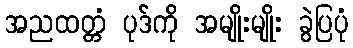
အညထတ္တံ ပုဒ်ကို အမျိုးမျိုး ခွဲပြပုံ